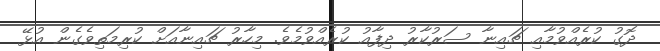
ދޮގު ކުރެއްވުމާއި ޗައިނާ ސަރުކާރު ދިފާއު ކުރެއްވުމެވެ. މިހާރު ޗައިނާއަށް ކުރިމަތިވެގެން އުޅޭ